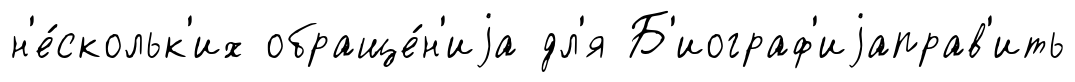
н'е́скольк'их обраще́н'иjа дл'я Б'иограф'иjаправ'ить